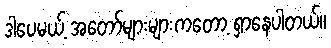
ဒါပေမယ့် အတော်များများကတော့ ရှာနေပါတယ်။